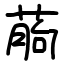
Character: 葋